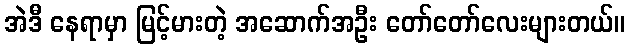
အဲဒီ နေရာမှာ မြင့်မားတဲ့ အဆောက်အဦး တော်တော်လေးများတယ်။